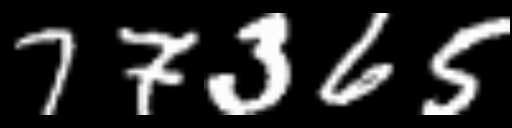
Text: 77365